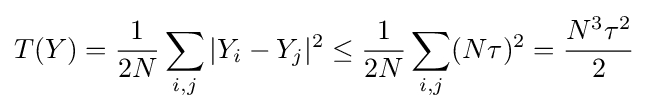
T(Y)={\dfrac {1}{2N}}\sum _{i,j}|Y_{i}-Y_{j}|^{2}\leq {\dfrac {1}{2N}}\sum _{i,j}(N\tau )^{2}={\dfrac {N^{3}\tau ^{2}}{2}}\,\!